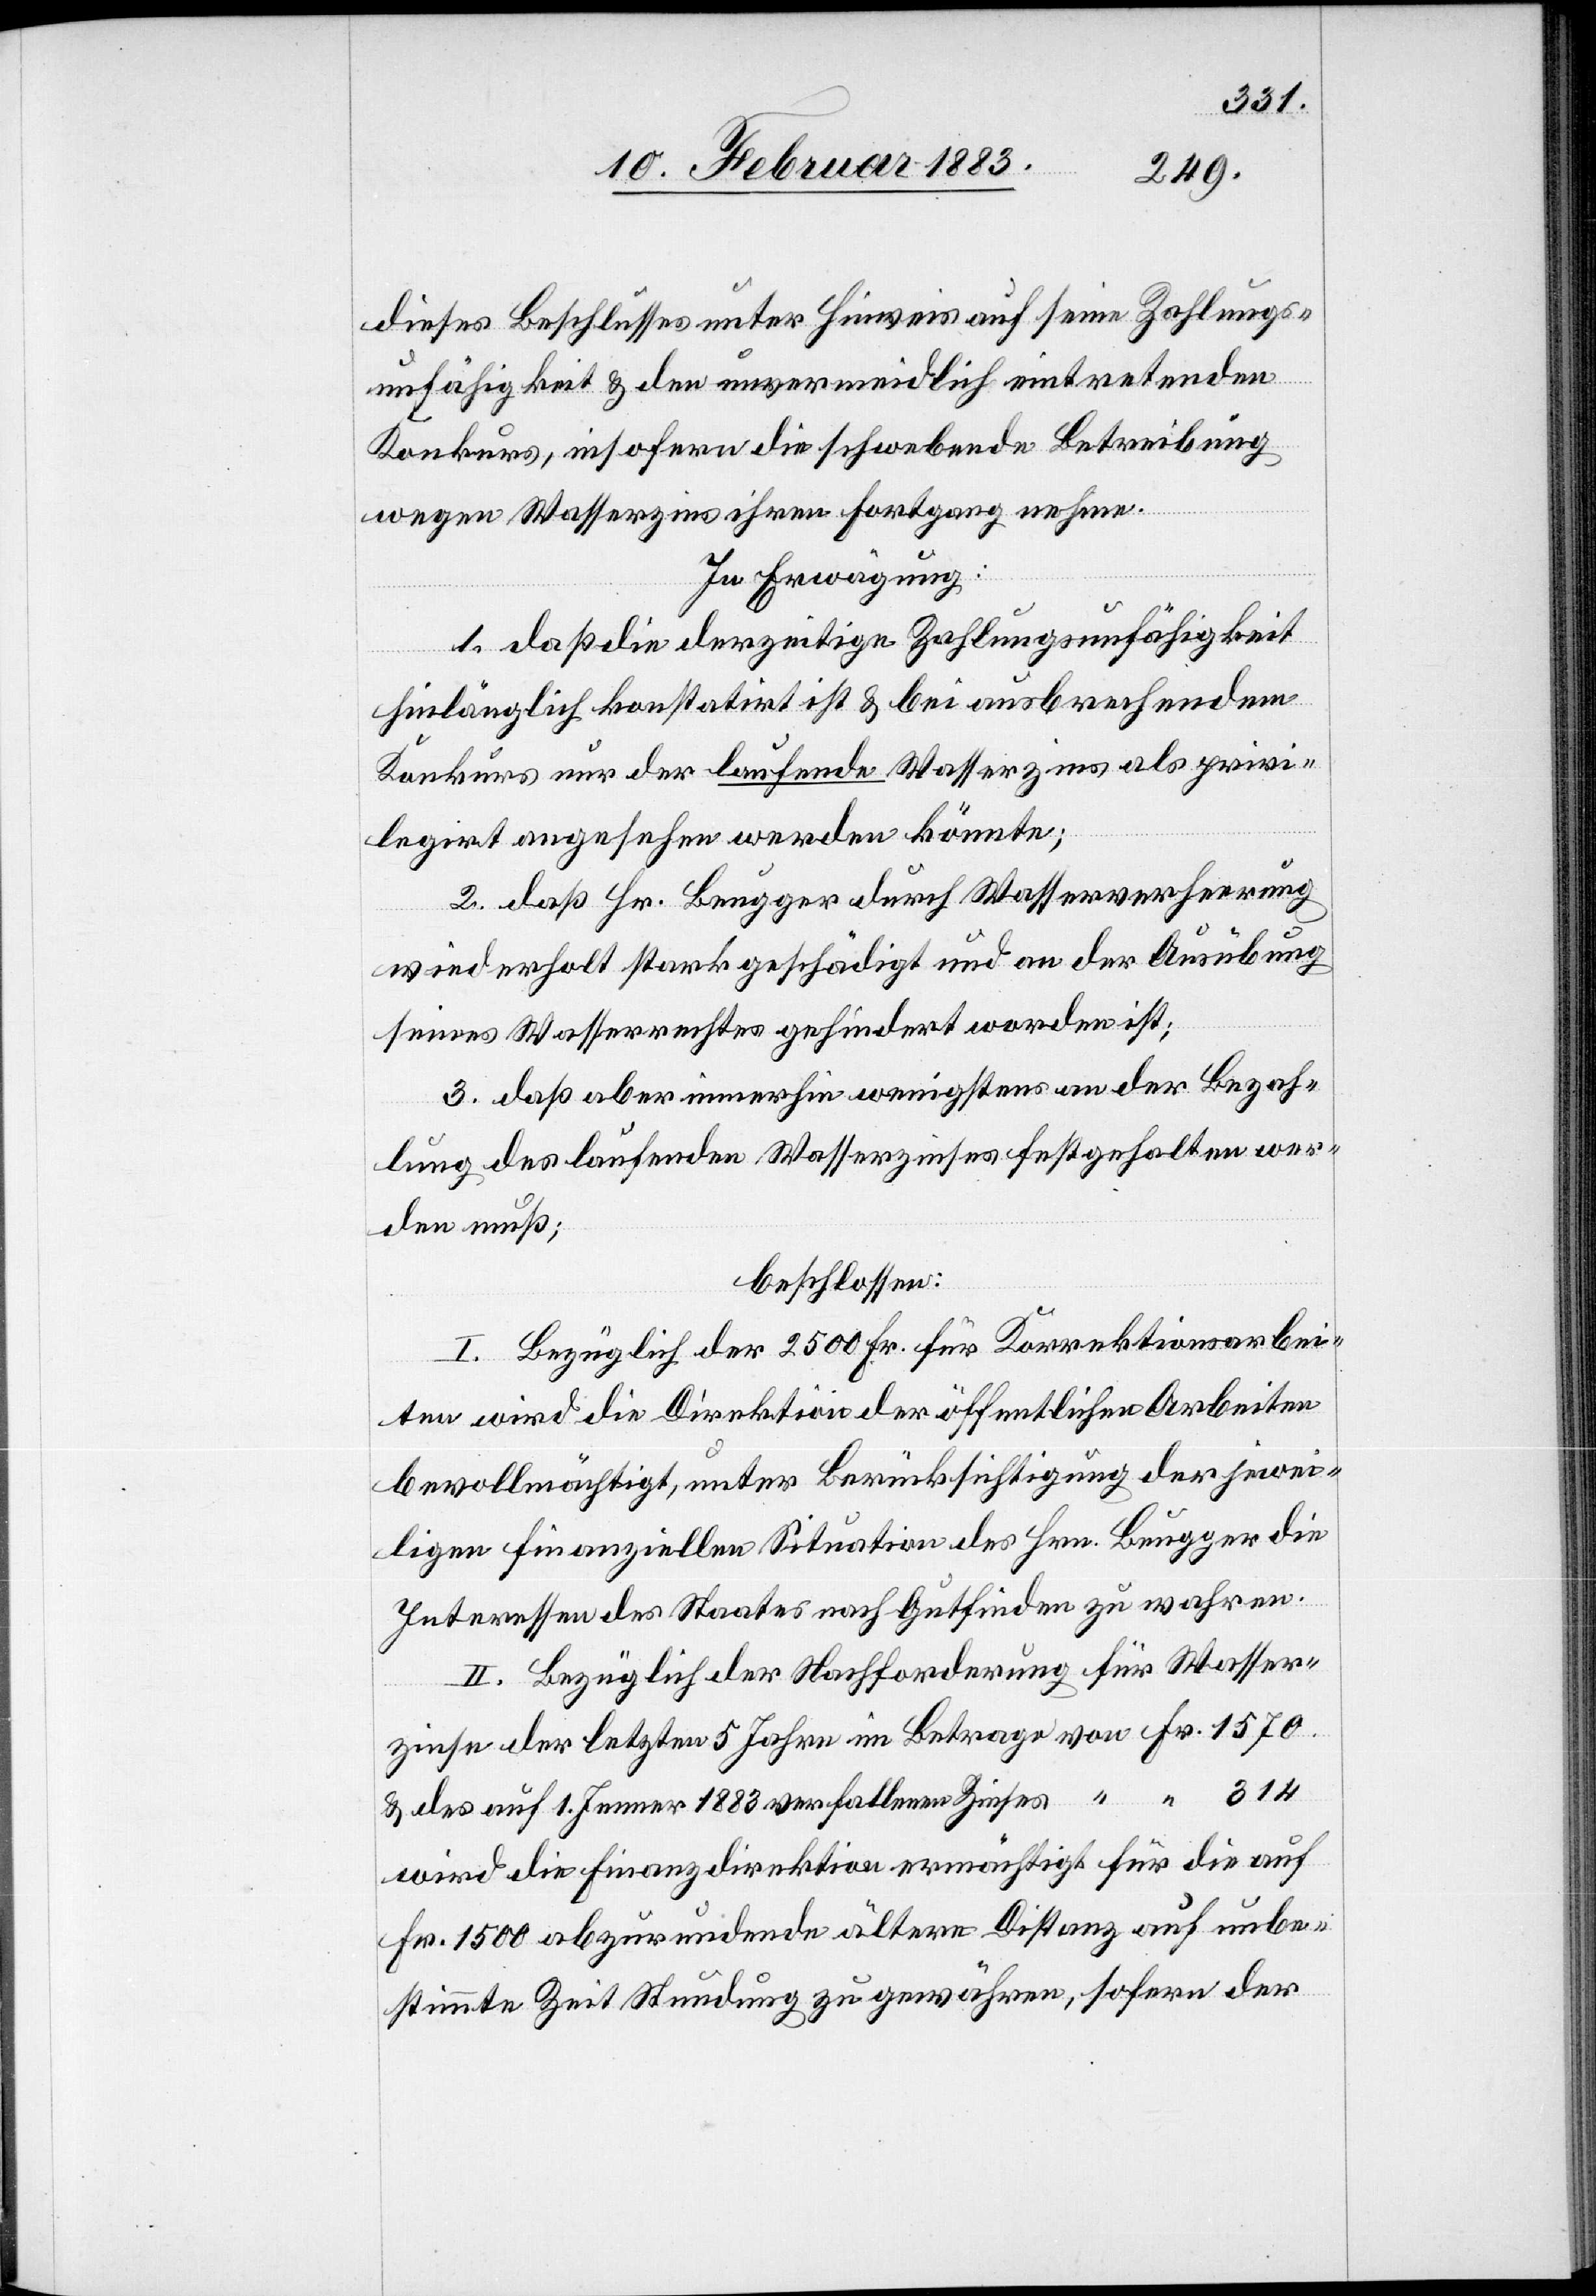
dieses Beschlusses unter Hinweis auf seine Zahlungs¬
unfähigkeit & den unvermeidlich eintretenden
Konkurs, insofern die schwebende Betreibung
wegen Wasserzins ihren Fortgang nehme.
In Erwägung:
1. daß die derzeitige Zahlungsunfähigkeit
hinlänglich konstatirt ist & bei ausbrechendem
Konkurs nur der laufende Wasserzins als privi¬
legirt angesehen werden könnte;
2. daß Hr. Beugger durch Wasserverheerung
wiederholt stark geschädigt und an der Ausübung
seines Wasserrechtes gehindert worden ist;
3. daß aber immerhin wenigstens an der Bezah¬
lung des laufenden Wasserzinses festgehalten wer¬
den muß;
beschlossen:
I. Bezüglich der 2500 Fr. für Korrektionsarbei¬
ten wird die Direktion der öffentlichen Arbeiten
bevollmächtigt, unter Berücksichtigung der jewei¬
ligen finanziellen Situation des Hrn. Beugger die
Interessen des Staates nach Gutfinden zu wahren.
II. Bezüglich der Nachforderung für Wasser¬
zinse der letzten 5 Jahre im Betrage von Fr. 1570
& des auf 1. Jenner 1883 verfallenen Zinses “ “ 314
wird die Finanzdirektion ermächtigt für die auf
Fr. 1500 abzurundende ältere Distanz [sic!] auf unbe¬
stimmte Zeit Stundung zu gewähren, sofern der